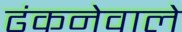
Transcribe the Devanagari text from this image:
ढंकनेवाले